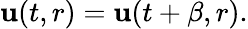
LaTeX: {\mathbf u}(t,r)={\mathbf u}(t+\beta,r).